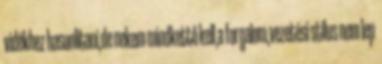
vidékhez hasonlitani,de nekem mindkettő kell,a forgalom,vezetési stilus nem lep